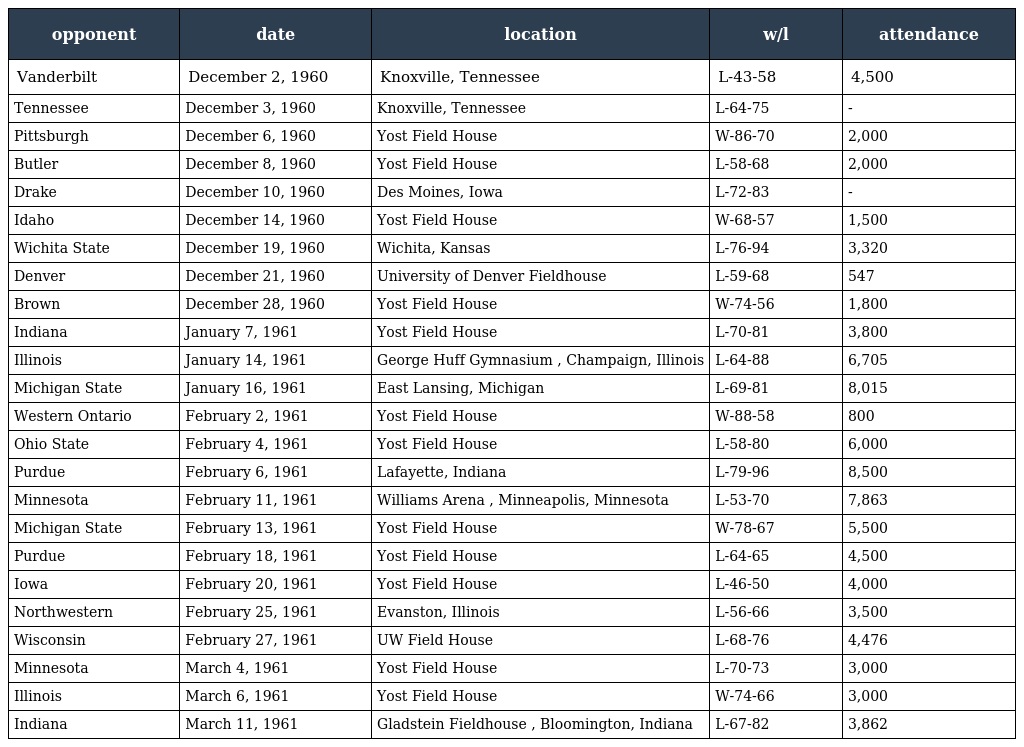
| opponent | date | location | w/l | attendance |
 | --- | --- | --- | --- | --- |
 | Vanderbilt | December 2, 1960 | Knoxville, Tennessee | L-43-58 | 4,500 |
 | Tennessee | December 3, 1960 | Knoxville, Tennessee | L-64-75 | - |
 | Pittsburgh | December 6, 1960 | Yost Field House | W-86-70 | 2,000 |
 | Butler | December 8, 1960 | Yost Field House | L-58-68 | 2,000 |
 | Drake | December 10, 1960 | Des Moines, Iowa | L-72-83 | - |
 | Idaho | December 14, 1960 | Yost Field House | W-68-57 | 1,500 |
 | Wichita State | December 19, 1960 | Wichita, Kansas | L-76-94 | 3,320 |
 | Denver | December 21, 1960 | University of Denver Fieldhouse | L-59-68 | 547 |
 | Brown | December 28, 1960 | Yost Field House | W-74-56 | 1,800 |
 | Indiana | January 7, 1961 | Yost Field House | L-70-81 | 3,800 |
 | Illinois | January 14, 1961 | George Huff Gymnasium , Champaign, Illinois | L-64-88 | 6,705 |
 | Michigan State | January 16, 1961 | East Lansing, Michigan | L-69-81 | 8,015 |
 | Western Ontario | February 2, 1961 | Yost Field House | W-88-58 | 800 |
 | Ohio State | February 4, 1961 | Yost Field House | L-58-80 | 6,000 |
 | Purdue | February 6, 1961 | Lafayette, Indiana | L-79-96 | 8,500 |
 | Minnesota | February 11, 1961 | Williams Arena , Minneapolis, Minnesota | L-53-70 | 7,863 |
 | Michigan State | February 13, 1961 | Yost Field House | W-78-67 | 5,500 |
 | Purdue | February 18, 1961 | Yost Field House | L-64-65 | 4,500 |
 | Iowa | February 20, 1961 | Yost Field House | L-46-50 | 4,000 |
 | Northwestern | February 25, 1961 | Evanston, Illinois | L-56-66 | 3,500 |
 | Wisconsin | February 27, 1961 | UW Field House | L-68-76 | 4,476 |
 | Minnesota | March 4, 1961 | Yost Field House | L-70-73 | 3,000 |
 | Illinois | March 6, 1961 | Yost Field House | W-74-66 | 3,000 |
 | Indiana | March 11, 1961 | Gladstein Fieldhouse , Bloomington, Indiana | L-67-82 | 3,862 |